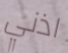
اذني